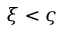
\xi < \varsigma